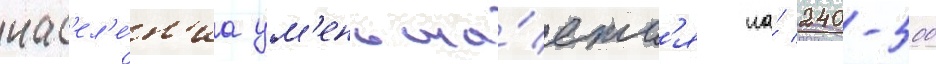
нас'ел'е́н'иа ум'еньша́етс'я на́ 240-500